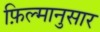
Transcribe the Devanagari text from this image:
फ़िल्मानुसार